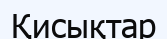
Қисықтар